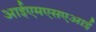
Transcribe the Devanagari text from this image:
आईएमएसएआई